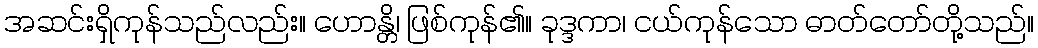
အဆင်းရှိကုန်သည်လည်း။ ဟောန္တိ၊ ဖြစ်ကုန်၏။ ခုဒ္ဒကာ၊ ငယ်ကုန်သော ဓာတ်တော်တို့သည်။